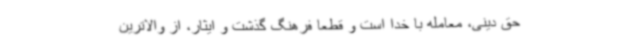
حق دینی، معامله با خدا است و قطعا فرهنگ گذشت و ایثار، از والاترین